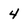
Character: 4